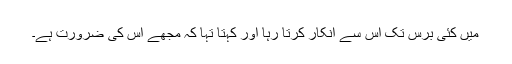
میں کئی برس تک اس سے انکار کرتا رہا اور کہتا تہا کہ مجھے اس کی ضرورت ہے۔